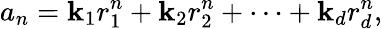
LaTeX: a_{n}=\mathbf{k}_{1}r_{1}^{n}+\mathbf{k}_{2}r_{2}^{n}+\cdots+\mathbf{k}_{d}r_{d}^{n},